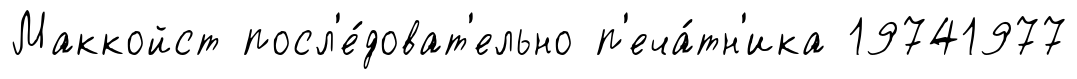
Маккойст посл'е́доват'ельно п'еча́тн'ика 19741977